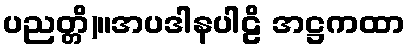
ပညတ္တိ)။အပဒါနပါဠိ အဋ္ဌကထာ